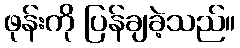
ဖုန်းကို ပြန်ချခဲ့သည်။